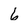
Character: 6